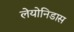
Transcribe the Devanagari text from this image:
लेयोनिडास